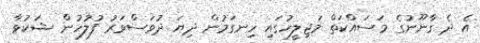
އެ ދެ ގާނޫނުގެ މަސައްކަތް މަޖިލީހުގައި ހިނގަމުން ދިޔަ ދުވަސްވަރު ފުލުހުން ޝަކުވާ